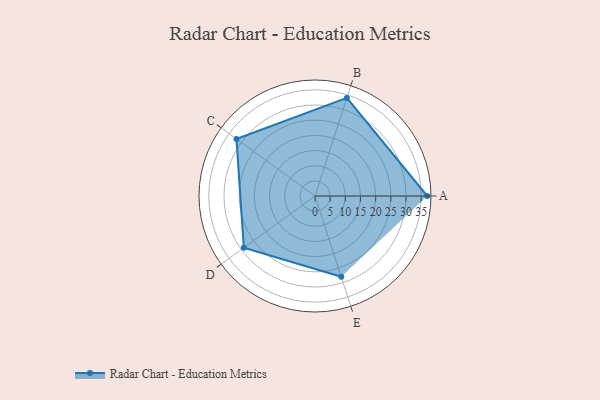
{"axis": {"x": "Skill", "y": "Score"}, "legend": ["Profile"], "data": [{"x": "A", "y": 37.0, "type": "Profile"}, {"x": "B", "y": 34.0, "type": "Profile"}, {"x": "C", "y": 32.0, "type": "Profile"}, {"x": "D", "y": 29.0, "type": "Profile"}, {"x": "E", "y": 28.0, "type": "Profile"}]}